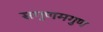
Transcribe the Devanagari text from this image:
सगुणमगुण